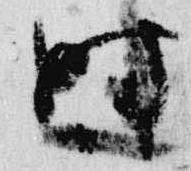
時